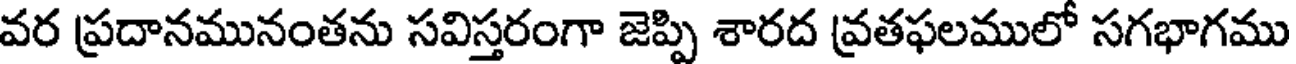
వర ప్రదానమునంతను సవిస్తరంగా జెప్పి శారద వ్రతఫలములో సగభాగము